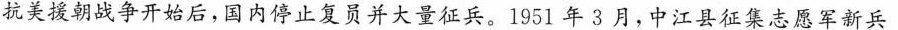
抗美援朝战争开始后，国内停止复员并大量征兵。1951年3月，中江县征集志愿军新兵